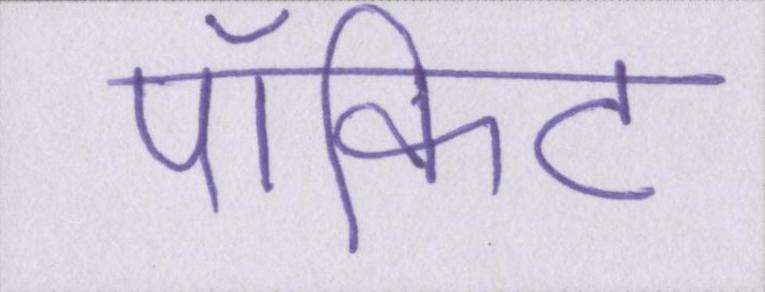
पॉकिट